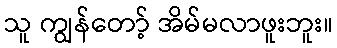
သူ ကျွန်တော့် အိမ်မလာဖူးဘူး။